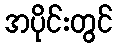
အပိုင်းတွင်